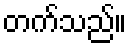
တက်သည်။